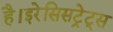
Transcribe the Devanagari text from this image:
है।इरेसिसट्रेट्स